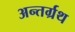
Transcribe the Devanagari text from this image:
अन्तर्ग्रथ